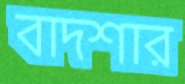
বাদশার